Lunatic asylums Bombay report 1878-1890 - 1878-1890
Year: 1878
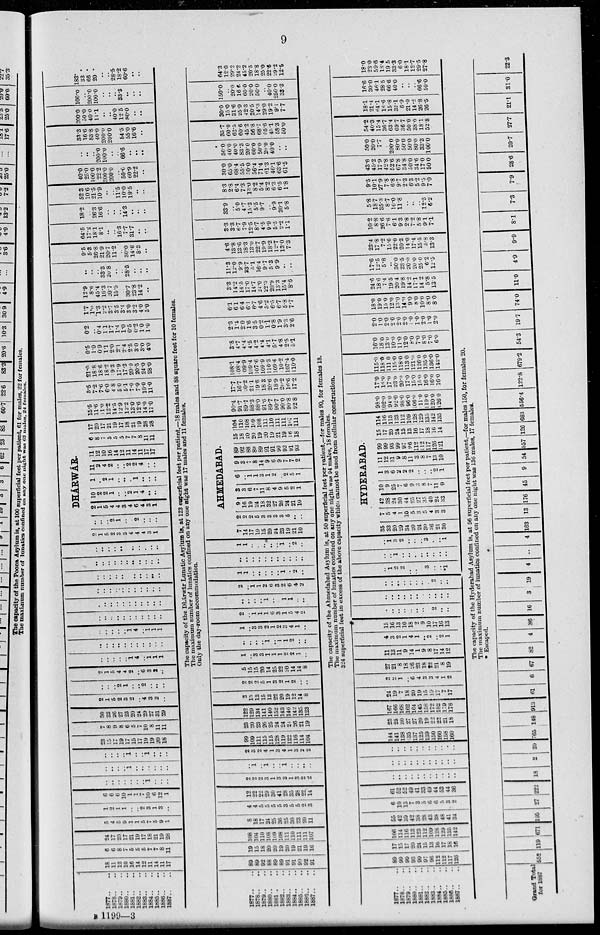
9
1877.. ..
1878.. ..
1879.. ..
1880.. ..
1881.. ..
1882.. ..
1883.. ..
1884.. ..
1885.. ..
1886.. ..
1887.. ..
18
11
12
10
16
14
12
11
14
11
17
6
6
8
7
5
5
5
7
7
8
11
24
17
20
17
21
19
17
18
21
19
28
5
4
5
9
1
1
5
7
5
9
1
1
2
1
1
...
... 2
3
1
3
...
6
6
6
10
1
1
7
10
6
12
1
..
..
..
..
..
..
.. 1
..
..
..
..
..
..
.. 1
..
..
..
..
..
..
..
..
..
.. 1
..
.. 1
..
..
..
23
15
17
19
17
15
17
19
19
20
18
7
8
9
8
6
5
7
10
8
11
11
30
23
26
27
23
20
24
29
27
31
29
2
1
5
2
3
2
.. 4
3
2
..
..
..
.. 2
1
..
.. 2
..
..
..
2
1
5
4
4
2
.. 6
3
2
..
..
..
..
..
.. 1
4
.. 1
1
1
..
..
..
..
..
..
..
..
..
..
..
..
..
..
..
.. 1 4
.. 1
1
1
..
..
..
..
..
..
..
..
..
..
..
..
..
..
..
..
..
..
..
..
..
..
..
..
..
..
..
..
..
..
..
..
..
..
..
..
..
..
..
..
..
..
..
..
..
..
..
..
.. ..
..
..
..
..
..
..
..
..
..
..
..
..
..
..
..
..
DHÁRWÁR.
2
1 5
2
3
3
4
4
4
3
1
..
..
.. 2
1
..
.. 2
.. ..
..
2
1
5
4
4
3
4
6
4
3
1
10
2
2
1
..
.. 2
1
4
..
..
1
.. 2
1
..
..
.. 1
..
..
..
11
2
4
2
..
.. 2
2
4
..
..
11
12
10
16
14
12
11
14
11
17
17
6
8
7
5
5
5
7
7
8
11
11
17
20
17
21
19
17
18
21
19
28
28
15.5
11.6
11.0
12.2
14.5
12.9
12.2
13.0
12.6
14.0
17.0
5.5
7.2
7.6
6.0
4.8
5.0
5.1
7.0
7.9
10.0
11.0
21.0
18.8
18.6
18.2
19.3
17.9
17.3
20.0
20.5
24.0
28.0
0.5
1.0
0.9
1.1
2.0
2.1
2.4
2.5
3.0
3.0
4.0
0.2
.. 0.4 1.1
1.7
1.4
1.0
0.5
0.2
1.0
1.0
1.7
1.0
1.3
2.2
3.7
3.5
3.4
3.0
3.2
4.0
5.0
12.9
8.6
45.4
16.3
20.7
15.5
.. 30.7
23.8
14.2
..
..
..
.. 33.3
20.8
..
.. 28.5
.. ..
..
9.5
5.3
26.8
21.9
20.7
11.2
.. 30.0
14.6
8.3
..
64.5
17.2
18.1
8.1
..
.. 16.3
7.7
31.7
..
..
18.2
.. 26.3
16.6
.. ..
.. 14.3
..
..
..
52.3
10.6
21.5
10.9
..
.. 11.5
10.0
19.5
..
..
40.0
25.0
10.0
22.2
300.0
200.0
.. 50.0
60.9
22.2
..
..
..
.. 200.0
100.0
..
.. 66.6
..
..
..
33.3
16.6
83.8
40.0
200.0
200.0
.. 54.5
55.0
16.6
..
200.0
50.0
40.0
11.1
..
.. 40.0
12.5
80.0
..
..
100.0
.. 200.0
100.0
.. ..
.. 33.3
..
..
..
183.
33.
66.
20.
..
.. 28.5
18.2
60.6
..
..
The capacity of the Dhárwár Lunatic Asylum is, at 123 superficial feet per patient,—18 males and 88 square feet for 10 females.
The maximum number of lunatics confined on any one night was 17 males and 11 females.
Only the day-room accommodation.
1877.. ..
1878.. ..
1879.. ..
1880.. ..
1881.. ..
1882.. ..
1883.. ..
1884.. ..
1885.. ..
1885.. ..
1887.. ..
89
89
92
88
89
89
91
91
90
92
91
19
15
18
20
20
19
20
19
21
19
16
108
104
110
108
109 108
111
110
111
111
107
8
18
17
24
25
36
25
30
23
20
11
4
4
5
5
5
5
3
5
5
2
3
12
22
22
29
30
41
28
35
28
99
14
2
2
2
3
1
3
3
1
3
2
2
..
1
.. 1
..
.. 1
..
..
..
..
2
3
2
4
1
3
4
1
3
2
2
99
109
111
115
115
128
119
122
116
114
104
23
20
23
26
25
24
24
24
26
21
19
122
129
134
141
140
152
143
146
142
135
123
3
13
13
15
13
22
20
19
12
14
8
2
2
2
5
1
3
2
1
2
..
..
5
15
15
20
14
25
22
20
14
14
8
1
.. 3
3
1
1
1
2
2
1
..
..
.. ..
.. 1
.. 1
1
2
..
..
1
.. 3
3
2
1
2
3
4
1
..
2
.. 1
1
1
6
3
1
5
4
2
..
.. ...
.. 1
..
.. 1
1
..
..
2
.. 1
1
2
6
3
2
6
4
2
1
1
..
..
..
..
.. 1
.. 2
..
..
..
..
..
..
..
..
..
..
..
..
1
1
..
..
..
..
.. 1
.. 2
..
AHMEDABAD.
7
14
17
19
15
29
24
23
19
21
10
2
2
2
5
3
3
3
3
5
..
..
9
16
19
24
18
32
27
26
24
21
10
3
3
6
7
11
8
4
9
5
2
1
6
.. 1
1
3
1
2
.. 2
5
1
9
3
7 8
14
9
6
9
7
7
2
89
92
88
89
89
91
91
90
92
91
93
15
18
20
20
19
20
19
21
19
16
18
104
110
108
109
108
111
110
111
111
107
111
90.4
91.7
89.7
88.3
88.0
91.6
89.7
90.7
90.0
90.8
92.8
17.7
16.7
20.2
21.1
19.6
18.3
20.6
18.9
20.2
l6.6
17.2
108.1
108.4
09.9
109.4
107.6
109.9
110.3
109.6
10.2
107.4
110.0
3.8
4.7
4.4
4.5
4.2
4.4
4.1
5.7
4.8
2.5
5.1
2.3
1.4
2.0
1.6
3.5
0.2
1.1
0.8
1.9
3.3
2.6
6.1
6.1
6.4
6.1
6.7
4.6
5.2
6.5
6.7
5.8
7.7
3.3
14.2
14.5
17.0
14.7
24.0 22.3
20.9
13.3
15.4
8.6
11.3
12.0
9.9
23.7
5.1
16.4
9.7
5.3
9.9
.. ..
4.6
13.8
13.6
18.3
13.0
22.7
19.9
18.2
12.7
13.0
7.3
3.3
3.3
6.7
7.9
12.5
8.7
4.5
9.9
5.5
2.2
1.1
33.9
.. 5.0
4.7
15.3
5.5
9.7
.. 9.9
30.1
5.8
8.3
2.8
6.4
7.3
13.0
8.2
5.4
8.2
6.3
6.5
1.8
30.0
65.0
68.4
55.5
50.0
56.4
71.4
61.3
46.1
63.6
61.5
50.0
40.0
40.0
83.3
20.0
60.0
50.0
20.0
40.0
..
..
35.7
60.0
62.5
60.6
45.2
56.8
68.7
55.6
45.l
58.3
50.0
30.0
15.0
31.6
25.9
42.3
20.5
14.3
29.0
19.2
9.1
7.7
150.0
.. 20.0
16.0
60.0
20.0
50.0
.. 40.0
250.0
33.3
64.3
12.0
29.2
24.2
45.2
20.5
18.8
25.0
22.6
29.2
12.5
The capacity of the Ahmedabad Asylum is, at 50 superficial feet per patient,—for males 90, for females 18.
The maximum number of lunatics confined on any one night was 94 males, 18 females.
324 superficial feet in excess of the above capacity which cannot be used from cellular construction.
1877.. ..
1878.. ..
1879.. ..
1880.. ..
1881.. ..
1882.. ..
1883.. ..
1884.. ..
1885.. ..
1886.. ..
1887.. ..
89
99
99
93
99
97
96
112
112
117
126
17
15
17
20
24
15
13
16
17
18
16
106
114
116
113
123
112
109
128
129
135
142
55
42
39
42
38
28
43
38
48
41
34
6
10
13
7
3
5
6
6
5
3
2
61
52
52
49
41
33
49
44
53
44
36
..
..
..
..
..
..
..
..
..
..
..
..
..
..
..
..
..
..
..
..
..
..
..
..
..
..
..
..
..
..
..
..
..
144
141
138
35
137
125
139
150
160
158
160
23
25
30
27
27
20
19
22
22
21
18
167
166
168
162
164
145
158
172
182
179
178
24
19
7
18
20
19
15
19
17
7
17
3
2
1
.. 6
4
3
3
4
1
2
27
21
8
18
26
23
18
22
21
8
19
11
13
11
9
14
1
9
8
17
14
12
4
3
2
1
4
1
.. 2
.. 2
1
15
16
13
10
18
2
9
10
17
16
13
..
..
..
..
..
..
..
.. 2
..
..
..
..
..
..
.. ..
..
..
..
..
..
..
..
..
..
..
..
..
.. 2
..
..
..
1
2
2
..
..
.. 3
..
.. *1
..
.. 1
..
..
..
..
..
..
..
..
..
1
3
2
..
..
.. 3
..
.. 1
HYDERABAD.
35
33
20
29
34
20
24
30
36
21
30
7
5
4
1
10
5
3
5
4
3
3
42
38
24
30
44
25
27
35
40
24
33
10
9
25
7
6
9
3 8
..
11
9
1
3
6
2
2
2
..
..
.. 2
1
11
12
31
9
8
11
3
8
7
13
10
99
99
93
99
97
96
112
112
117
126
121
15
17
20
24
15
13
16
17
18
16
14
114
116
113
123
|112
109
128
129
135
142
135
98.0
102.0
94.0
92.0
98.0
96.0
106.0
11.0
119.0
120.0
126.0
17.0
16.0
17.0
23.0
20.0
17.0
15.0
15.0
16.0
16.0
16.0
115.0
118.0
111.0
115.0
118.0
113.0
121.0
126.0
135.0
136.0
142.0
16.0
18.0
13.0
10.0
11.0
12.0
8.0
7.0
8.0
7.0
6.0
2.0
1.0
2.0
2.0
2.0
2.0
1.0
1.0
2.0
1.0
2.0
18.0
19.0
15.0
12.0
13.0
14.0
9.0
8.0
10.0
8.0
8.0
24.6
18.6
7.4
19.5
20.4
19.8
14.2
17.1
14.2
5.8
13.5
17.6
12.5
5.8
.. 30.0
23.5
20.0
20.0
25.0
6.2
12.5
23.4
17.8
7.2
15.6
22.0
20.3
14.0
17.4
15.5
5.8
13.3
10.2
8.8
26.6
7.6
6.1
9.3
2.8
7.2
5.8
9.1
7.1
5.8
18.7
35.3
8.7
10.0
11.8
..
..
.. 12.5
6.2
9.5
10.1
27.9
7.8
6.8
9.7
2.3
6.3
5.2
9.5
7.0
43.6
45.2
17.9
42.8
52.6
67.8
34.8
50.0
34.6
17.0
50.0
50.0
20.0
7.7
.. 200.0
80.0
50.0
50.0
80.0
33.3
100.0
54.2
40.3
15.4
36.7
63.4
69.7
36.7
50.0
38.0
18.1
52.8
18.1
21.4
64.1
16.6
15.8
32.1
6.9
21.0
14.2
26.8
26.5
16.6
30.0
46.1
28.5
66.6
40.0
..
..
.. 66.6
50.0
18.0
23.0
59.6
18.4
19.5
33.3
6.0
18.1
12.7
29 5
27.8
The capacity of the Hyderabad Asylum is, at 56 superficial feet per patient,—for males 150, for females 20.
The maximum number of lunatics confined on any one night was 136 males, 17 females.
* Escaped.
Grand Total
for 1887
552 119 671 195 27 222
18
2 20 765 148 913 61 6 67 82 4 86 16 3 19 4
..
4 163 13 176 45
9 54 557 126 683 556.4 122.8 679.2 54.3 19.7
74.0 11.0
4.9
9.9
8.1
7.3
7.9 28.6 20.7 27.7 21.1 31.0 22.3
B 1199—3